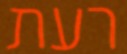
רעת